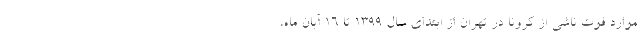
موارد فوت ناشی از کرونا در تهران از ابتدای سال ۱۳۹۹ تا ۱۶ آبان ماه،